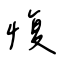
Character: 愎